On a parasite found in persons suffering from enlargement of the spleen in India - Number 15
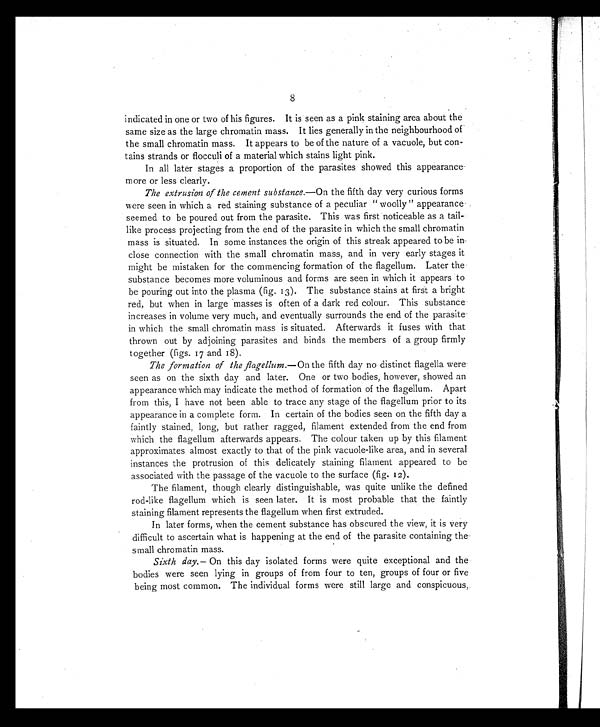
8
indicated in one or two of his figures. It is seen as a pink staining area about the
same size as the large chromatin mass. It lies generally in the neighbourhood of
the small chromatin mass. It appears to be of the nature of a vacuole, but con-
tains strands or flocculi of a material which stains light pink.
In all later stages a proportion of the parasites showed this appearance
more or less clearly.
The extrusion of the cement substance.—On the fifth day very curious forms
were seen in which a red staining substance of a peculiar "woolly" appearance
seemed to be poured out from the parasite. This was first noticeable as a tail
-like process projecting from the end of the parasite in which the small chromatin
mass is situated. In some instances the origin of this streak appeared to be in
close connection with the small chromatin mass, and in very early stages it
might be mistaken for the commencing formation of the flagellum. Later the
substance becomes more voluminous and forms are seen in which it appears to
be pouring out into the plasma (fig. 13). The substance stains at first a bright
red, but when in large masses is often of a dark red colour. This substance
increases in volume very much, and eventually surrounds the end of the parasite
in which the small chromatin mass is situated. Afterwards it fuses with that
thrown out by adjoining parasites and binds the members of a group firmly
together (figs. 17 and 18).
The formation of the flagellum.—On the fifth day no distinct flagella were
seen as on the sixth day and later. One or two bodies, however, showed an
appearance which may indicate the method of formation of the flagellum. Apart
from this, I have not been able to trace any stage of the flagellum prior to its
appearance in a complete form. In certain of the bodies seen on the fifth day a
faintly stained, long, but rather ragged, filament extended from the end from
which the flagellum afterwards appears. The colour taken up by this filament
approximates almost exactly to that of the pink vacuole-like area, and in several
instances the protrusion of this delicately staining filament appeared to be
associated with the passage of the vacuole to the surface (fig. 12).
The filament, though clearly distinguishable, was quite unlike the defined
rod-like flagellum which is seen later. It is most probable that the faintly
staining filament represents the flagellum when first extruded.
In later forms, when the cement substance has obscured the view, it is very
difficult to ascertain what is happening at the end of the parasite containing the
small chromatin mass.
Sixth day. —On this day isolated forms were quite exceptional and the
bodies were seen lying in groups of from four to ten, groups of four or five
being most common. The individual forms were still large and conspicuous,